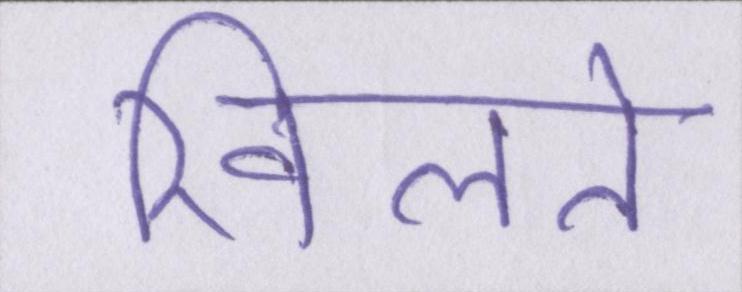
खिलते